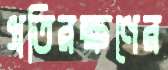
প্রতিরক্ষণের